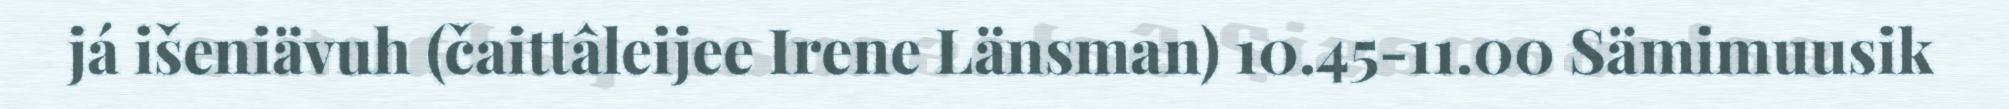
já išeniävuh (čaittâleijee Irene Länsman) 10.45-11.00 Sämimuusik